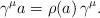
LaTeX: \begin{align*}\gamma^\mu a = \rho(a)\,\gamma^\mu .\end{align*}